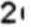
2